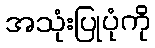
အသုံးပြုပုံကို